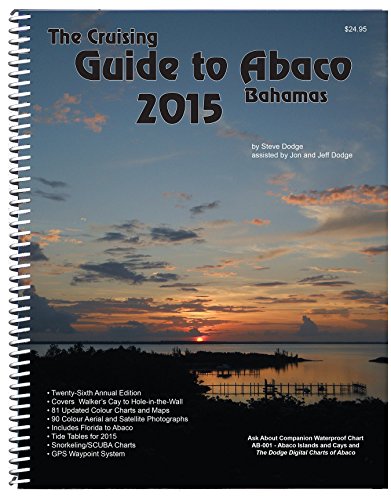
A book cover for The Cruising Guide To Abaco, Bahamas: 2015; Steve Dodge; Travel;